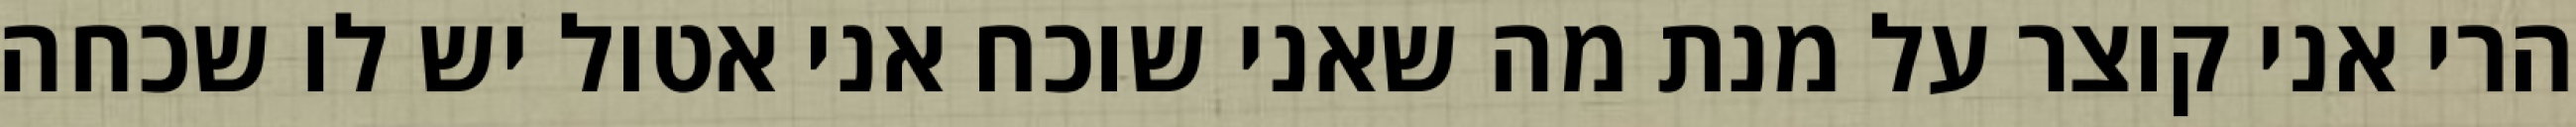
הרי אני קוצר על מנת מה שאני שוכח אני אטול יש לו שכחה